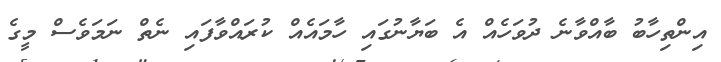
އިންތިހާބު ބާއްވާނެ ދުވަހެއް އެ ބަޔާނުގައި ހާމައެއް ކުރައްވާފައި ނެތް ނަމަވެސް މީގެ